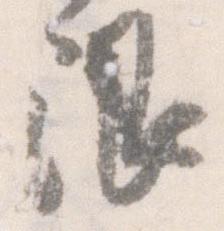
限